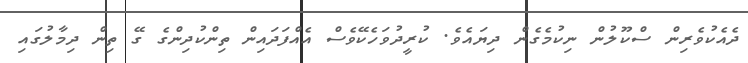
ދެއެކުވެރިން ސްކޫލުން ނިކުމެގެން ދިޔައެވެ. ކުރީދުވަހެކޭވެސް އެއްފަދައިން ތިންކުދިންގެ ގޭ ތިން ދިމާލުގައި